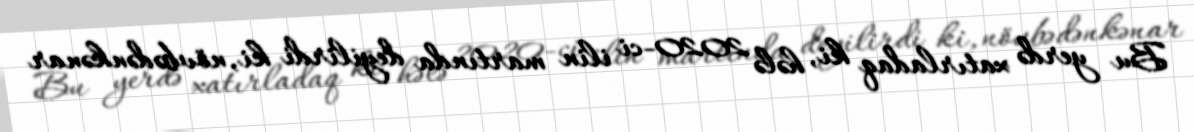
Bu yerdə xatırladaq ki, hələ 2020-ci ilin martında deyilirdi ki, növbədənkənar